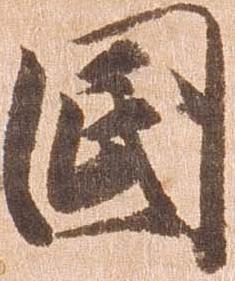
国